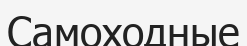
Самоходные